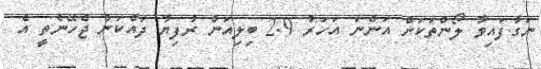
ނަގާފައިވާ ލޯންތަކަށް އަންނަ އަހަރު 2.9 ބިލިއަން ރުފިޔާ ދައްކަން ޖެހޭނެތީ އެ